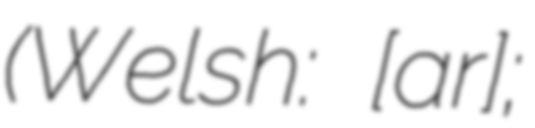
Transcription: (Welsh: [ˈɡarɛθ];